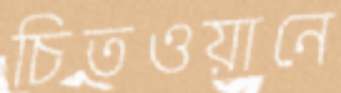
চিতওয়ানে